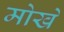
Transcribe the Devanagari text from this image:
मोखे